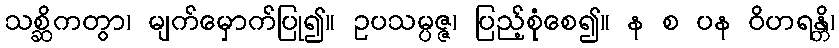
သစ္ဆိကတွာ၊ မျက်မှောက်ပြု၍။ ဥပသမ္ပဇ္ဇ၊ ပြည့်စုံစေ၍။ န စ ပန ဝိဟရန္တိ၊